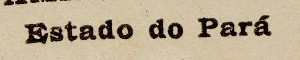
Estado do Pará